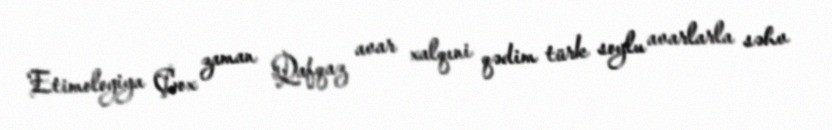
Etimologiya Çox zaman Qafqaz avar xalqıni qədim türk soylu avarlarla səhv